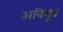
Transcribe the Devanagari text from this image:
अविभूत